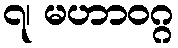
၇၊ မဟာဝဂ္ဂ